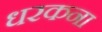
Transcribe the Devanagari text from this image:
धरकना